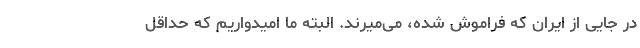
در جایی از ایران که فراموش شده، می‌میرند. البته ما امیدواریم که حداقل